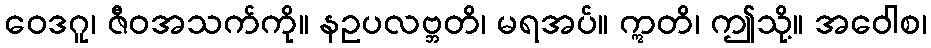
ဝေဒဂူ၊ ဇီဝအသက်ကို။ နဥပလဗ္ဘတိ၊ မရအပ်။ ဣတိ၊ ဤသို့။ အဝေါစ၊